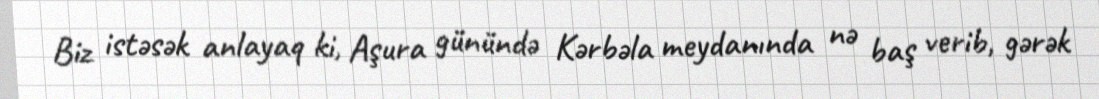
Biz istəsək anlayaq ki, Aşura günündə Kərbəla meydanında nə baş verib, gərək